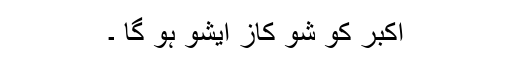
اکبر کو شو کاز ایشو ہو گا ۔